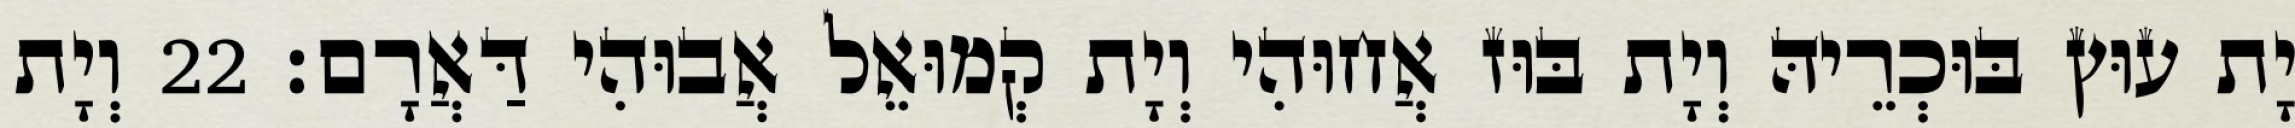
יָת עוּץ בּוּכְרֵיהּ וְיָת בּוּז אֲחוּהִי וְיָת קְמוּאֵל אֲבוּהִי דַּאֲרָם׃ 22 וְיָת